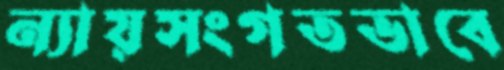
ন্যায়সংগতভাবে